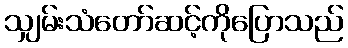
သျှမ်းသံတော်ဆင့်ကိုပြောသည်